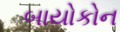
બાયોકોન